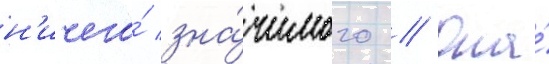
н'ичего́ зна́чимого // Она́